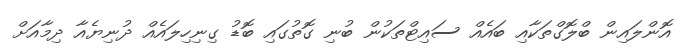
އޮންލައިން ބްލޮގްތަކާއި ބައެއް ސައިޓްތަކުން ބުނި ގޮތުގައި ބޮޑު ގިނިހިލައެއް ދުނިޔެއާ ދިމާއަށް